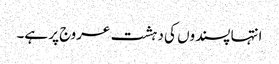
انتہا پسندوں کی دہشت عروج پر ہے۔